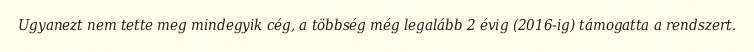
Ugyanezt nem tette meg mindegyik cég, a többség még legalább 2 évig (2016-ig) támogatta a rendszert.